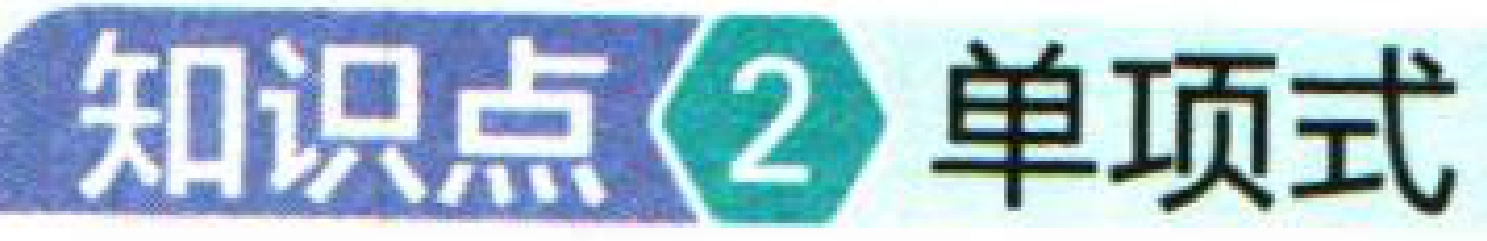
知识点\(2\) 单项式